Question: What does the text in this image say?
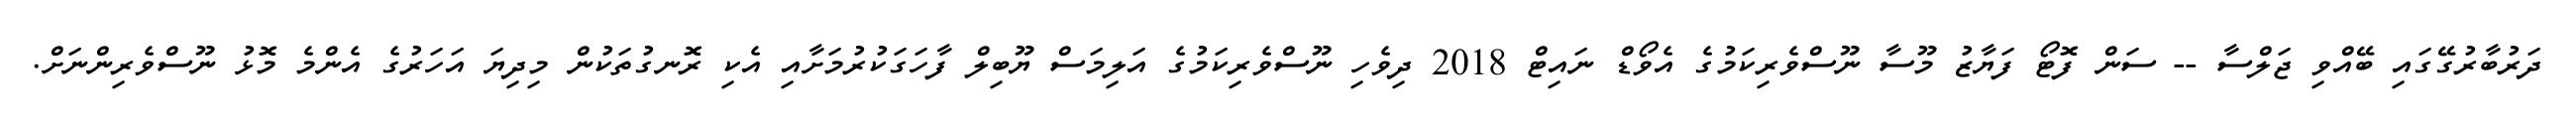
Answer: ދަރުބާރުގޭގައި ބޭއްވި ޖަލްސާ -- ސަން ފޮޓޯ ފަޔާޒު މޫސާ ނޫސްވެރިކަމުގެ އެވޯޑް ނައިޓް 2018 ދިވެހި ނޫސްވެރިކަމުގެ އަލިމަސް ޔޫބިލް ފާހަގަކުރުމަށާއި އެކި ރޮނގުތަކުން މިދިޔަ އަހަރުގެ އެންމެ މޮޅު ނޫސްވެރިންނަށް.